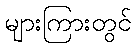
များကြားတွင်